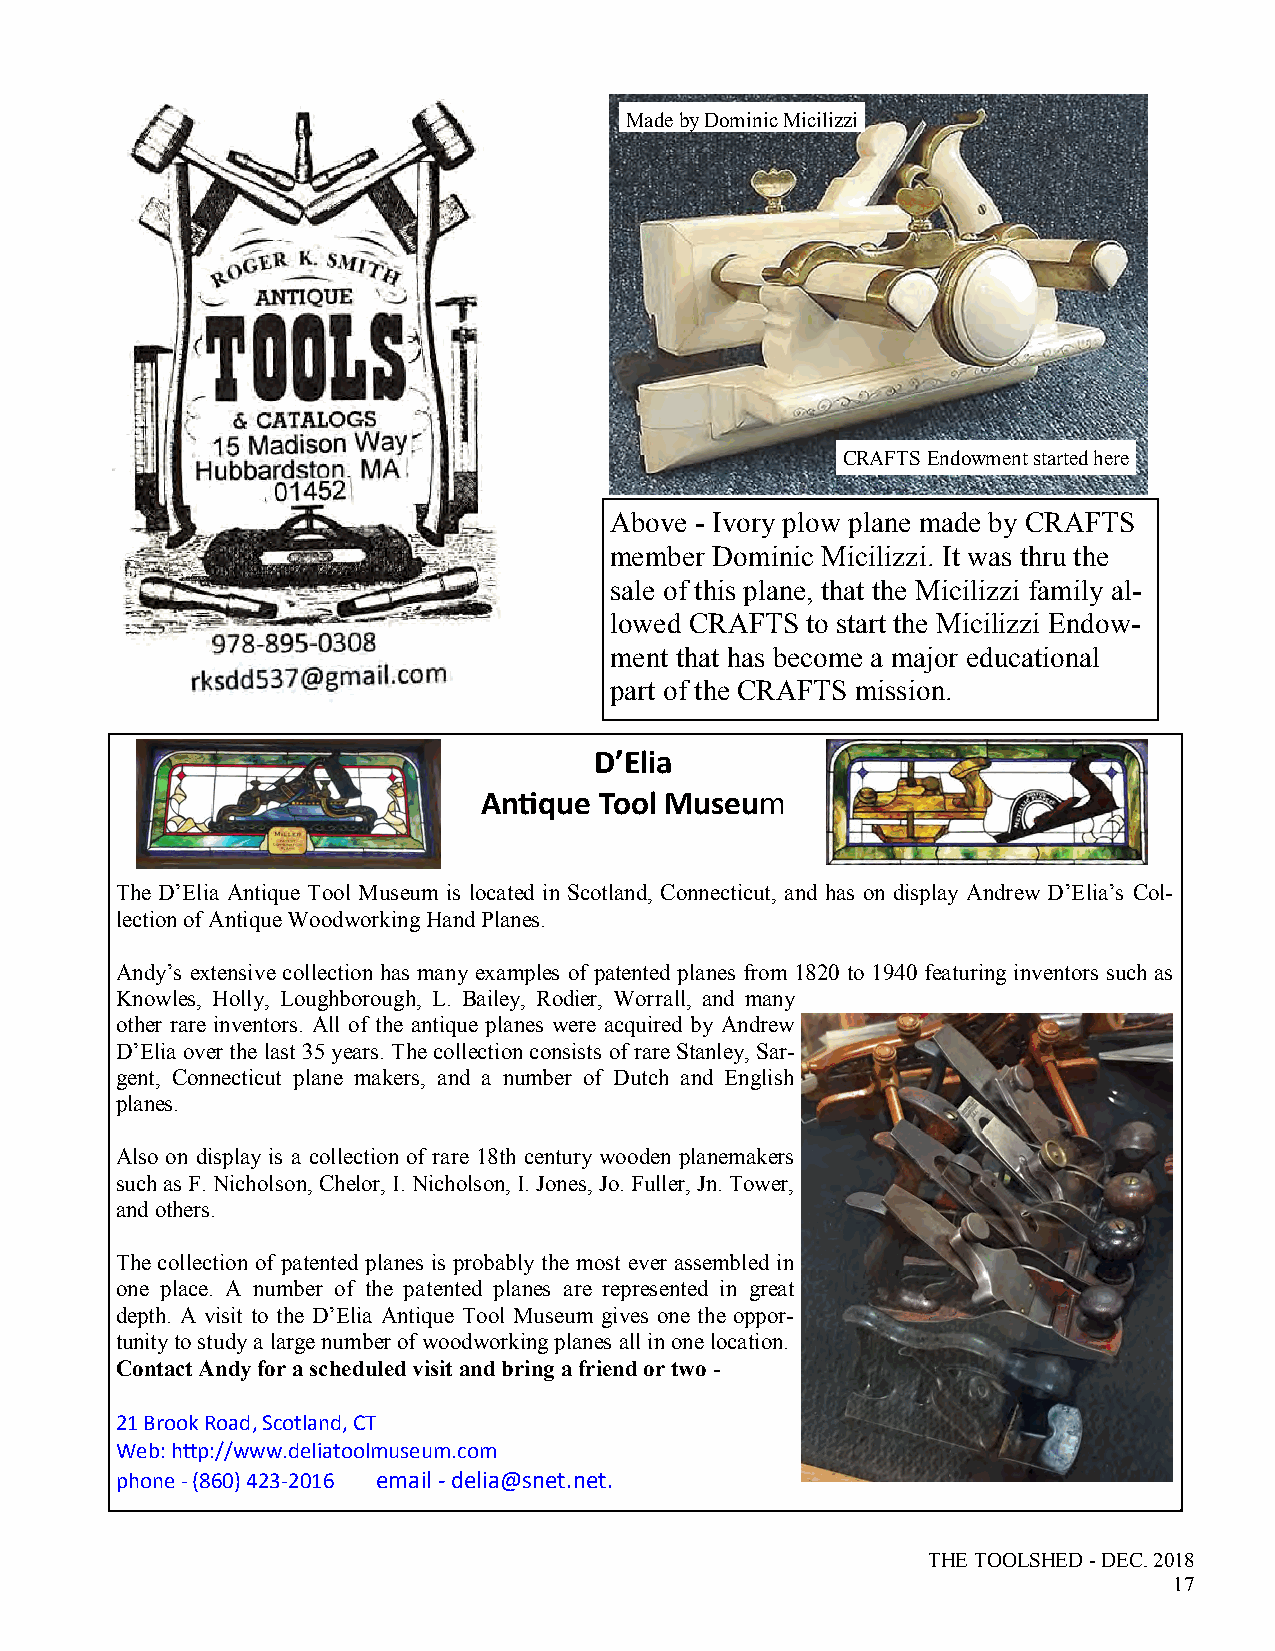
Made by Dominic Micilizzi
 CRAFTS Endowment started here
 Above - Ivory plow plane made by CRAFTS
 member Dominic Micilizzi. It was thru the
 sale of this plane, that the Micilizzi family al-
 lowed CRAFTS to start the Micilizzi Endow-
 ment that has become a major educational
 part of the CRAFTS mission.
 D’Elia
 Antique Tool Museum
 The D’Elia Antique Tool Museum is located in Scotland, Connecticut, and has on display Andrew D’Elia’s Col-
 lection of Antique Woodworking Hand Planes.
 Andy’s extensive collection has many examples of patented planes from 1820 to 1940 featuring inventors such as
 Knowles, Holly, Loughborough, L. Bailey, Rodier, Worrall, and many
 other rare inventors. All of the antique planes were acquired by Andrew
 D’Elia over the last 35 years. The collection consists of rare Stanley, Sar-
 gent, Connecticut plane makers, and a number of Dutch and English
 planes.
 Also on display is a collection of rare 18th century wooden planemakers
 such as F. Nicholson, Chelor, I. Nicholson, I. Jones, Jo. Fuller, Jn. Tower,
 and others.
 The collection of patented planes is probably the most ever assembled in
 one place. A number of the patented planes are represented in great
 depth. A visit to the D’Elia Antique Tool Museum gives one the oppor-
 tunity to study a large number of woodworking planes all in one location.
 Contact Andy for a scheduled visit and bring a friend or two -
 21 Brook Road, Scotland, CT
 Web: http://www.deliatoolmuseum.com
 phone - (860) 423-2016 email - delia@snet.net.
 THE TOOLSHED - DEC. 2018
 17